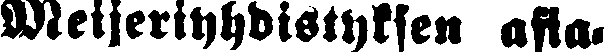
Meijeriyhdistyksen asia-